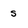
Character: s